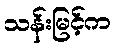
သန်းမြင့်က